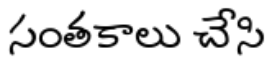
సంతకాలు చేసి